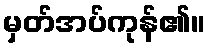
မှတ်အပ်ကုန်၏။